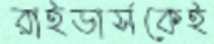
রাইডার্সকেই